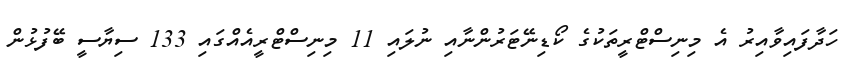
ހަދާފައިވާއިރު އެ މިނިސްޓްރީތަކުގެ ކޯޑިނޭޓަރުންނާއި ނުލައި 11 މިނިސްޓްރީއެއްގައި 133 ސިޔާސީ ބޭފުޅުން